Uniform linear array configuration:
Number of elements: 32
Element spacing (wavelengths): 0.75
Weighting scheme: uniform
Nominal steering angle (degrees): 0
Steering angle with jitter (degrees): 1.516
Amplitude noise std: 0.05
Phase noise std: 0.05

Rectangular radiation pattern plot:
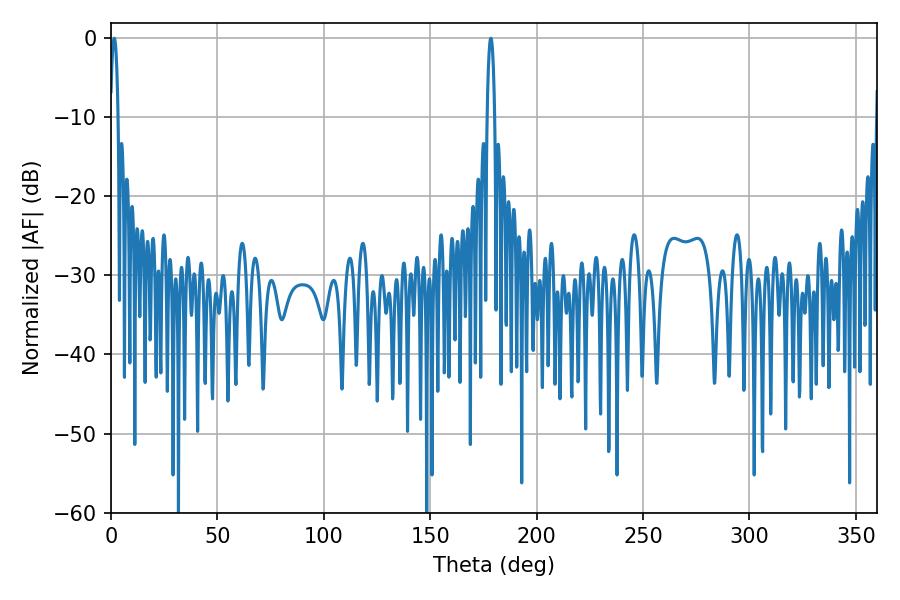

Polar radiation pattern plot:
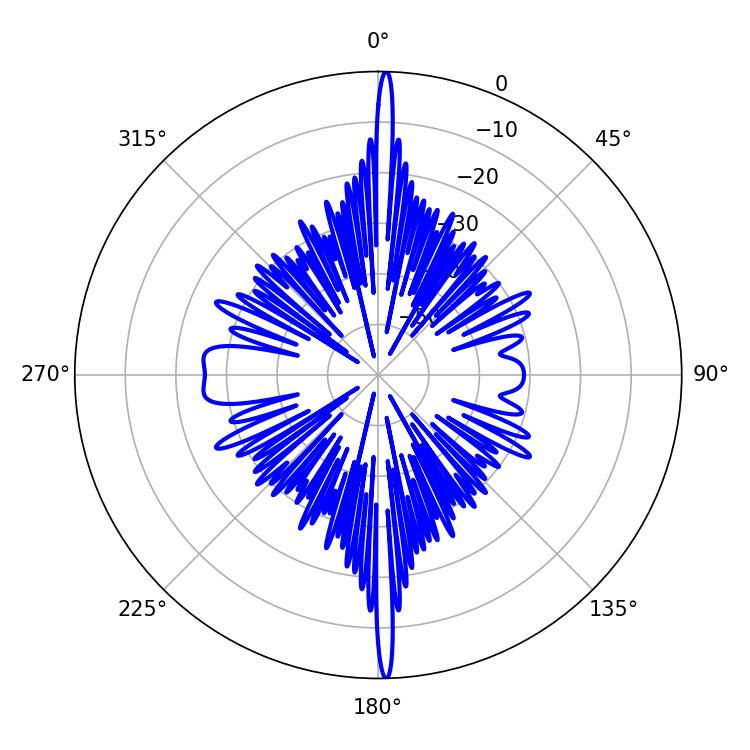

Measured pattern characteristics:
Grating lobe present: TRUE
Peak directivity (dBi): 31.875
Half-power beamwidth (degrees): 1.98
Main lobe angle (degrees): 1.44